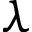
\lambda